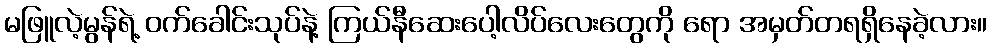
မဖြူလဲ့မွန်ရဲ့ ဝက်ခေါင်းသုပ်နဲ့ ကြယ်နီဆေးပေါ့လိပ်လေးတွေကို ရော အမှတ်တရရှိနေခဲ့လား။